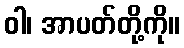
ဝါ၊ အာပတ်တို့ကို။